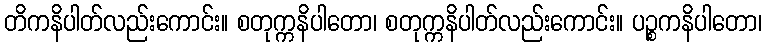
တိကနိပါတ်လည်းကောင်း။ စတုက္ကနိပါတော၊ စတုက္ကနိပါတ်လည်းကောင်း။ ပဉ္စကနိပါတော၊